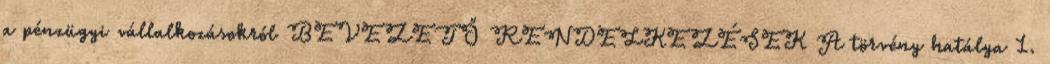
a pénzügyi vállalkozásokról BEVEZETŐ RENDELKEZÉSEK A törvény hatálya 1.